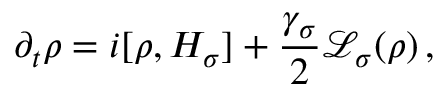
\partial _ { t } \rho = i [ \rho , H _ { \sigma } ] + \frac { \gamma _ { \sigma } } { 2 } \mathcal { L } _ { \sigma } ( \rho ) \, ,